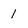
Character: 1